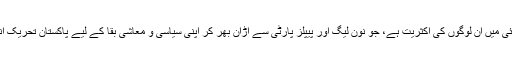
کیونکہ اس وقت پی ٹی آئی میں ان لوگوں کی اکثریت ہے، جو نون لیگ اور پیپلز پارٹی سے اڑان بھر کر اپنی سیاسی و معاشی بقا کے لیے پاکستان تحریک انصاف کا حصہ بنے ہیں۔